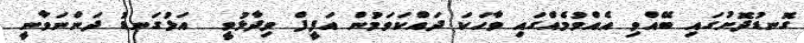
ގޮނޑުދޮށުގައި ބޭއްވި އެއްވުމެއްގައި ވާހަކަ ދައްކަވަމުން އަފީފް ވިދާޅުވީ  އަޅުގަނޑު ދަންނަވާނީ